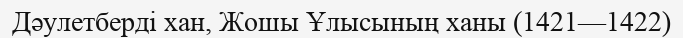
Дәулетберді хан, Жошы Ұлысының ханы (1421—1422)